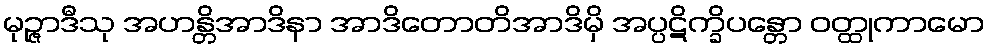
မုဉ္ဇာဒီသု အဟန္တိအာဒိနာ အာဒိတောတိအာဒိမှိ အပ္ပဋိက္ခိပန္တော ဝတ္ထုကာမော